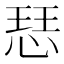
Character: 𢜈